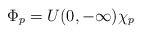
\begin{align*}\Phi_p = U(0,-\infty) \chi_p\end{align*}